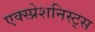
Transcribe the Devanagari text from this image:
एक्स्प्रेशनिस्ट्स